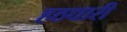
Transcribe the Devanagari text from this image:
हठधारी